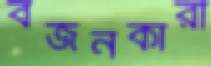
বর্জনকারী